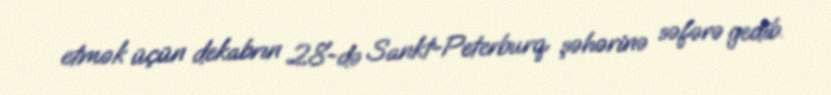
etmək üçün dekabrın 28-də Sankt-Peterburq şəhərinə səfərə gedib.